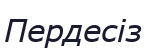
Пердесіз